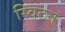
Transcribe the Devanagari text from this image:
स्विटन